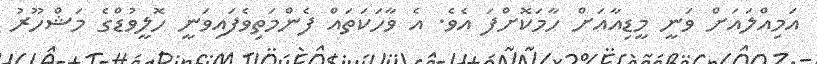
އަމިއްލައަށް ވަނީ މީޑިއާއަށް ހާމަކޮށްފަ އެވެ. އެ ވާހަކަތައް ފެންމަތިވެފައިވަނީ ހޮލީވުޑްގެ މަޝްހޫރު